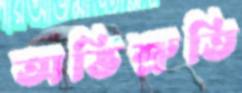
অভিশ্রুতি